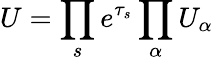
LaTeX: U=\prod_{s}e^{\tau_{s}}\prod_{\alpha}U_{\alpha}